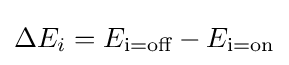
\Delta E_{i}=E_{\text{i=off}}-E_{\text{i=on}}